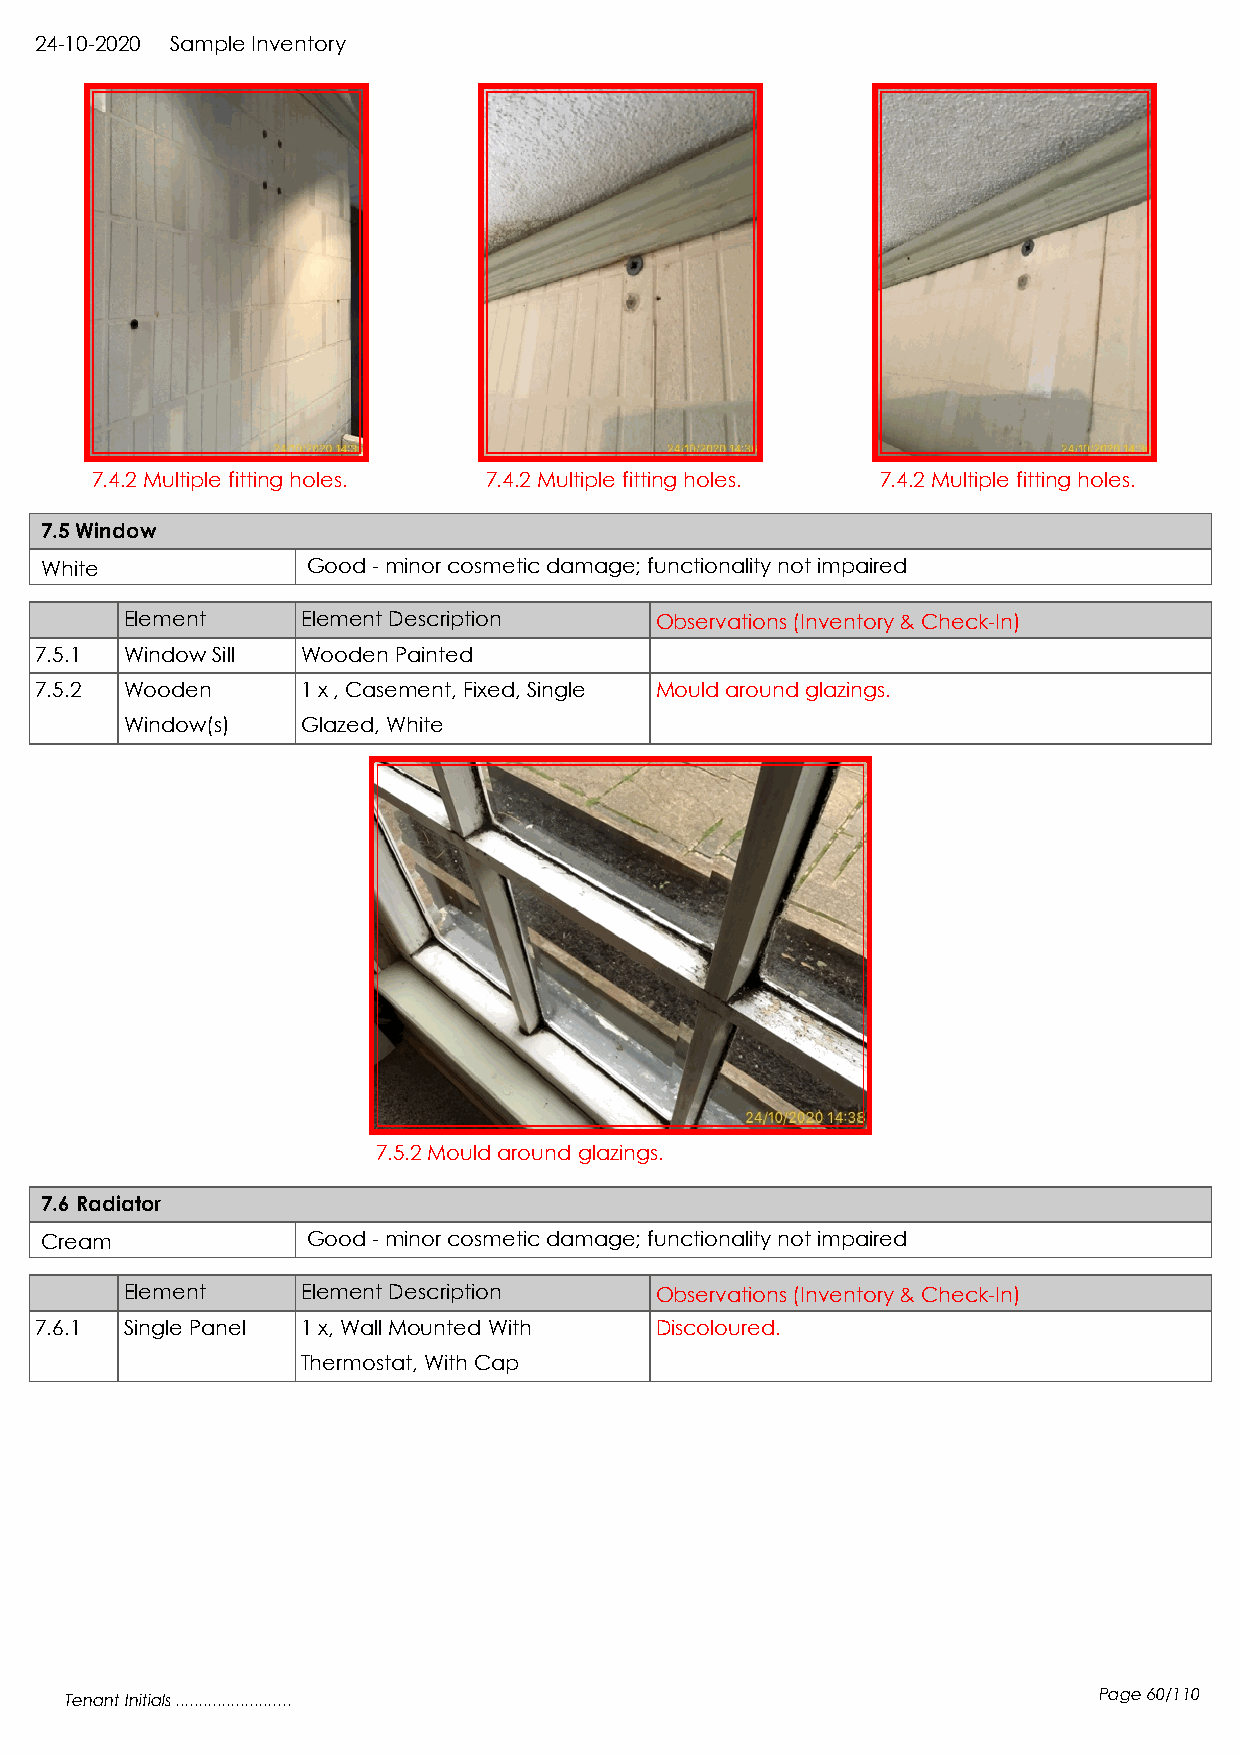
24-10-2020 Sample Inventory
 7.4.2 Multiple fitting holes. 7.4.2 Multiple fitting holes. 7.4.2 Multiple fitting holes.
 7.5 Window
 White            Good - minor cosmetic damage; functionality not impaired
 Element     Element Description    Observations (Inventory & Check-In)
 7.5.1 Window Sill Wooden Painted
 7.5.2 Wooden      1 x , Casement, Fixed, Single Mould around glazings.
 Window(s)   Glazed, White
 7.5.2 Mould around glazings.
 7.6 Radiator
 Cream            Good - minor cosmetic damage; functionality not impaired
 Element     Element Description    Observations (Inventory & Check-In)
 7.6.1 Single Panel 1 x, Wall Mounted With Discoloured.
 Thermostat, With Cap
 Tenant Initials .........................                            Page 60/110